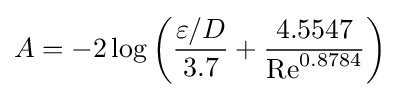
A=-2\log \left({\frac {\varepsilon /D}{3.7}}+{4.5547 \over \mathrm {Re} ^{0.8784}}\right)